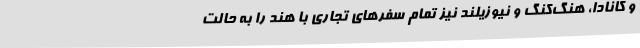
و کانادا، هنگ‌کنگ و نیوزیلند نیز تمام سفرهای تجاری با هند را به حالت